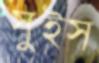
সুইস